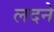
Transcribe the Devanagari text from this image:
लदने